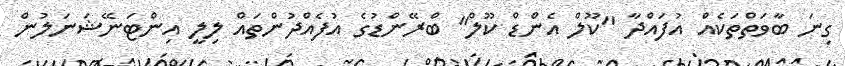
ގިނަ ބާވަތްތަކެއް އުފައްދާ "ކޫލް އެންޑް ކޫލް" ބްރޭންޑުގެ އުފެއްދުންތައް ލިލީ އިންޓަނޭޝަނަލުން